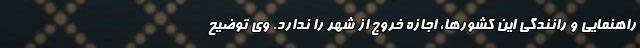
راهنمایی و رانندگی این کشورها، اجازه خروج از شهر را ندارد. وی توضیح